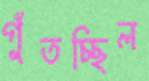
গুঁতচ্ছিল